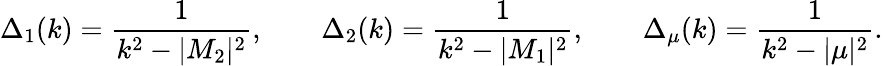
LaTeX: \Delta_{1}(k)={\frac{1}{k^{2}-|M_{2}|^{2}}},\qquad\Delta_{2}(k)={\frac{1}{k^{2}-|M_{1}|^{2}}},\qquad\Delta_{\mu}(k)={\frac{1}{k^{2}-|\mu|^{2}}}.